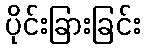
ပိုင်းခြားခြင်း